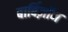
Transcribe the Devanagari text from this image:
बार्बिज़ॉन